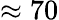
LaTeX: \approx 70